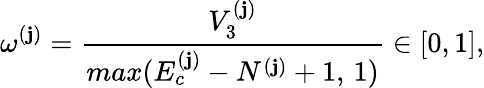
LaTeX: \omega^{(\mathbf{j})}=\frac{{V_{3}^{(\mathbf{j})}}}{{max(E_{c}^{(\mathbf{j})}-N^{(\mathbf{j})}+1,\, 1)}}\in[0,1],